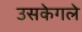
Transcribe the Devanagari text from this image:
उसकेगले